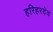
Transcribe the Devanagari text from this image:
हरिहरदेव